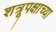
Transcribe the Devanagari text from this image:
शत्रूपक्षाच्या